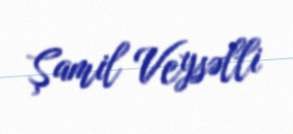
Şamil Veysəlli